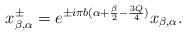
LaTeX: \begin{align*}x^\pm_{\beta,\alpha}= e^{\pm i\pi b(\alpha+\frac{\beta}{2}-\frac{3Q}{4})}x_{\beta,\alpha}.\end{align*}